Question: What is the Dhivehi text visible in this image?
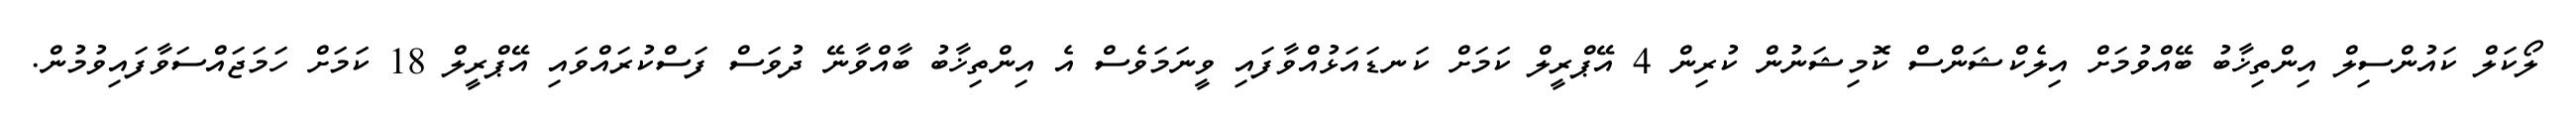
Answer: ލޯކަލް ކައުންސިލް އިންތިޚާބު ބޭއްވުމަށް އިލެކްޝަންސް ކޮމިޝަނުން ކުރިން 4 އޭޕްރީލް ކަމަށް ކަނޑައަޅުއްވާފައި ވީނަމަވެސް އެ އިންތިޚާބު ބާއްވާނޭ ދުވަސް ފަސްކުރައްވައި އޭޕްރީލް 18 ކަމަށް ހަމަޖައްސަވާފައިވުމުން.